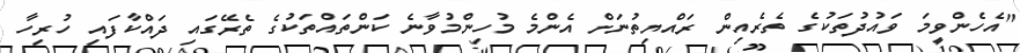
"އެހެންވީމަ ވައުދުތަކުގެ ތެރެއިން ރައްޔިތުނަށް އެންމެ މުހިންމުވާނެ ކަންތައްތަކުގެ ތެރޭގައި ދައްކާފައި ހުރިހާ